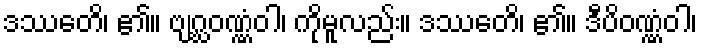
ဒဿေတိ၊ ၏။ ဗျဂ္ဃဝဏ္ဏံဝါ၊ ကိုမူလည်း။ ဒဿေတိ၊ ၏။ ဒီပိဝဏ္ဏံဝါ၊